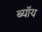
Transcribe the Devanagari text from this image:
ब्यॉय